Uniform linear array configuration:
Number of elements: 32
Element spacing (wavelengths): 0.75
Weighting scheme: kaiser
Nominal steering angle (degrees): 0
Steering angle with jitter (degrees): -0.9454
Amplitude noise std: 0.05
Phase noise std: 0.05

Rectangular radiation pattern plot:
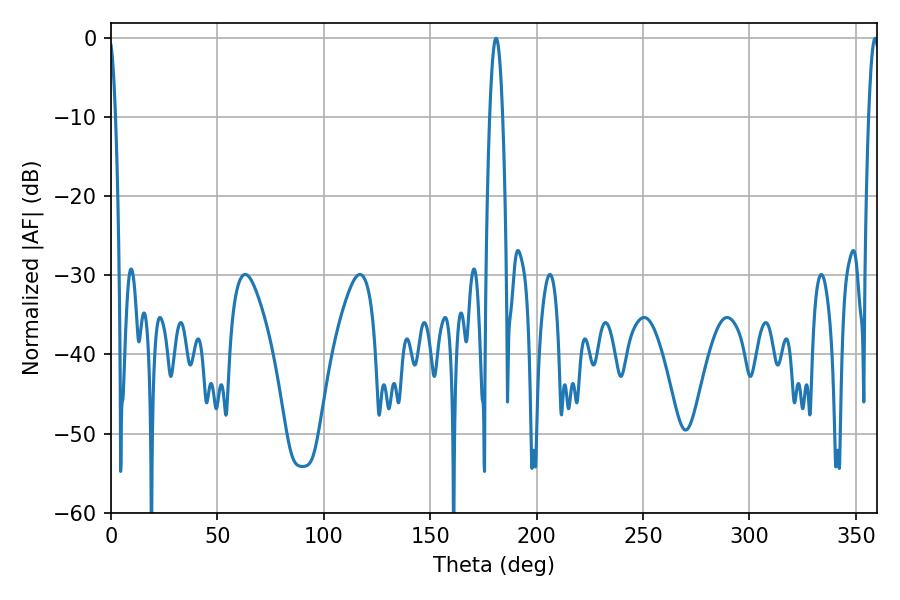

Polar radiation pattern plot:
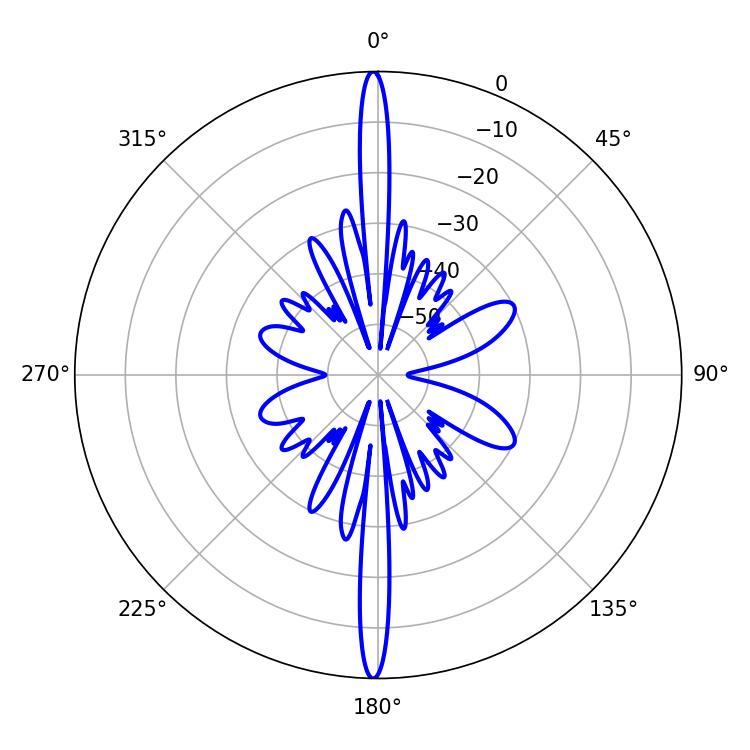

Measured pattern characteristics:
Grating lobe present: TRUE
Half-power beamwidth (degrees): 3.24
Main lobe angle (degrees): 180.9